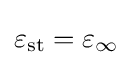
\varepsilon _{\text{st}}=\varepsilon _{\infty }